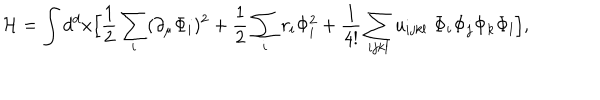
{ \cal H } = \int d ^ { d } x \Bigl [ { \frac { 1 } { 2 } } \sum _ { i } ( \partial _ { \mu } \Phi _ { i } ) ^ { 2 } + { \frac { 1 } { 2 } } \sum _ { i } r _ { i } \Phi _ { i } ^ { 2 } + { \frac { 1 } { 4 ! } } \sum _ { i j k l } u _ { i j k l } \; \Phi _ { i } \Phi _ { j } \Phi _ { k } \Phi _ { l } \Bigr ] ,